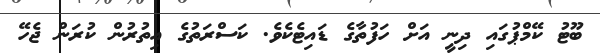
ބޫޓު ކޭމްޕުގައި ދިނީ އަށް ހަފުތާގެ ޑައިޓެކެވެ. ކަސްރަތުގެ އިތުރުން ކުރަން ޖެހޭ